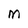
Character: M